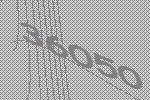
36050